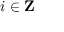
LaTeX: i \in \mathbf { Z }